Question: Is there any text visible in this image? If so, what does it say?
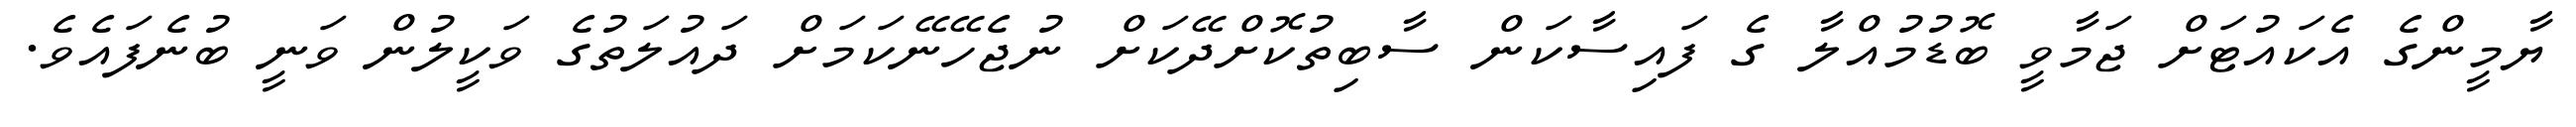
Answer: ޔާމީންގެ އެކައުޓަށް ޖަމާވީ ބޮޑުމުއްލާ ގެ ފައިސާކަން ސާބިތުކޮށްދޭކަށް ނުޖެހޭނޭކަމަށް ދައުލަތުގެ ވަކީލުން ވަނީ ބުނެފައެވެ.